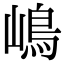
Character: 嶋